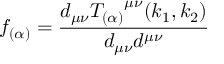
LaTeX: f _ { ( \alpha ) } = \frac { d _ { \mu \nu } { T _ { ( \alpha ) } } ^ { \mu \nu } ( k _ { 1 } , k _ { 2 } ) } { d _ { \mu \nu } d ^ { \mu \nu } }